65_HS1-834228961_62-HQ-83894_Section_9
Agency: FBI
Page 151
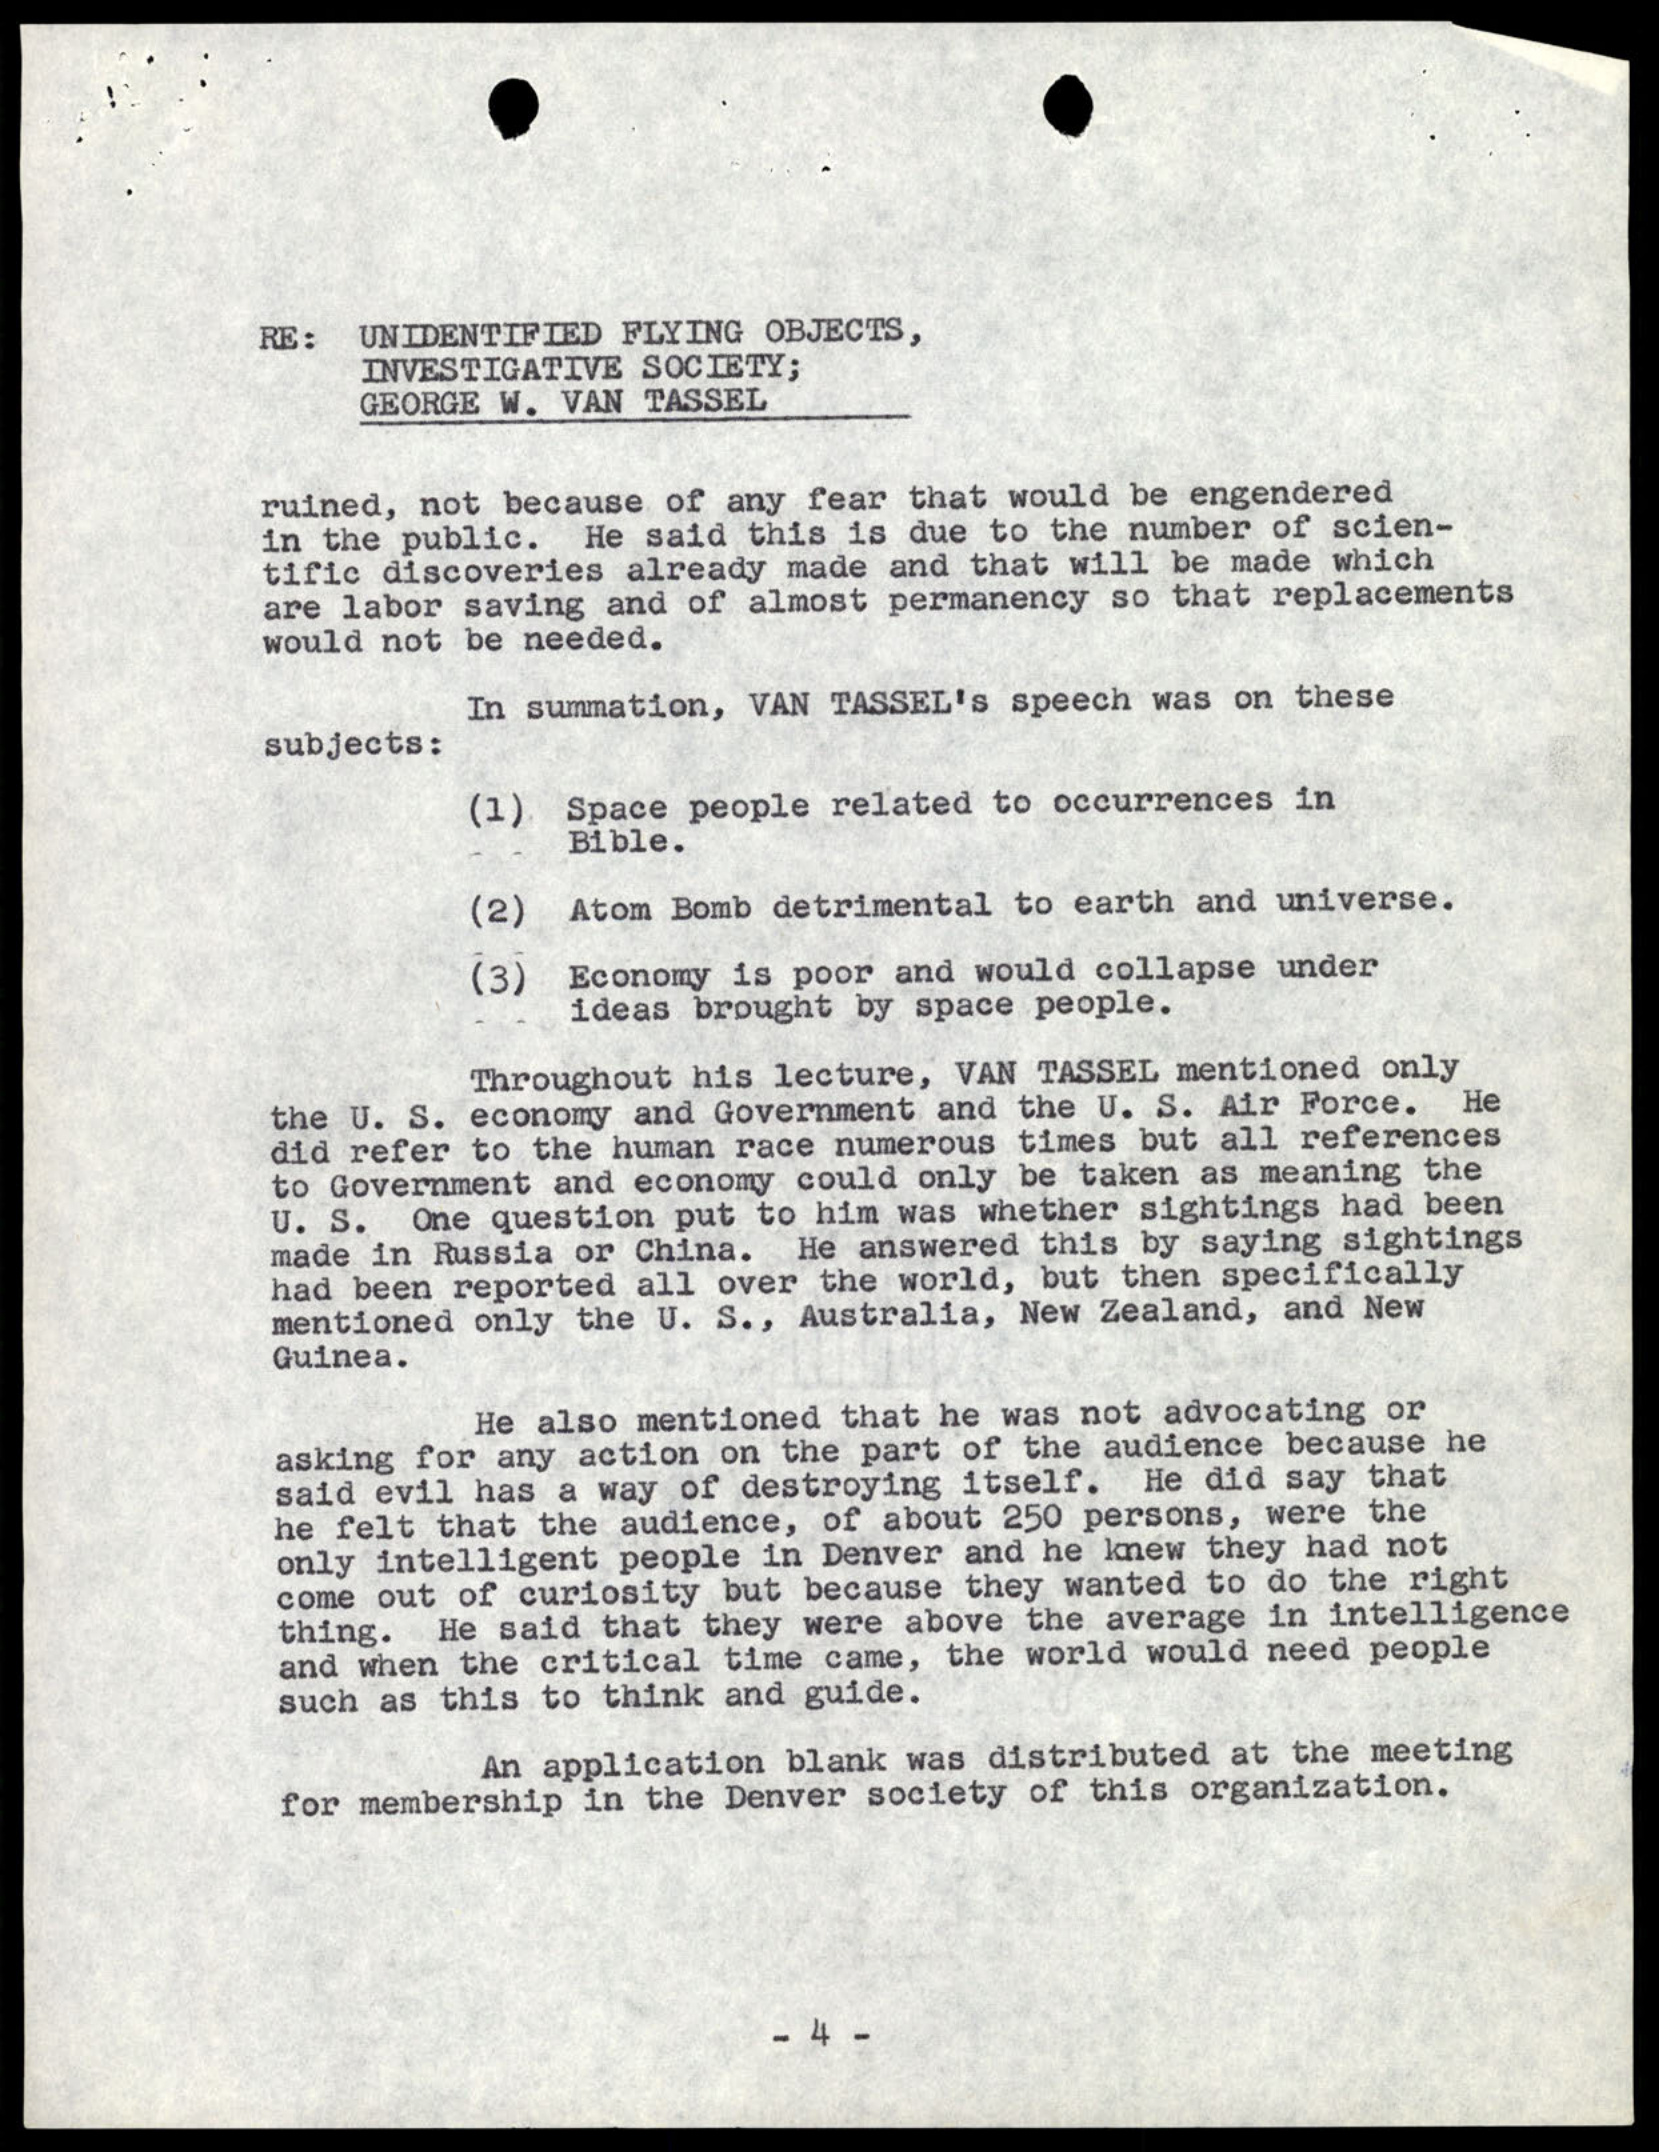